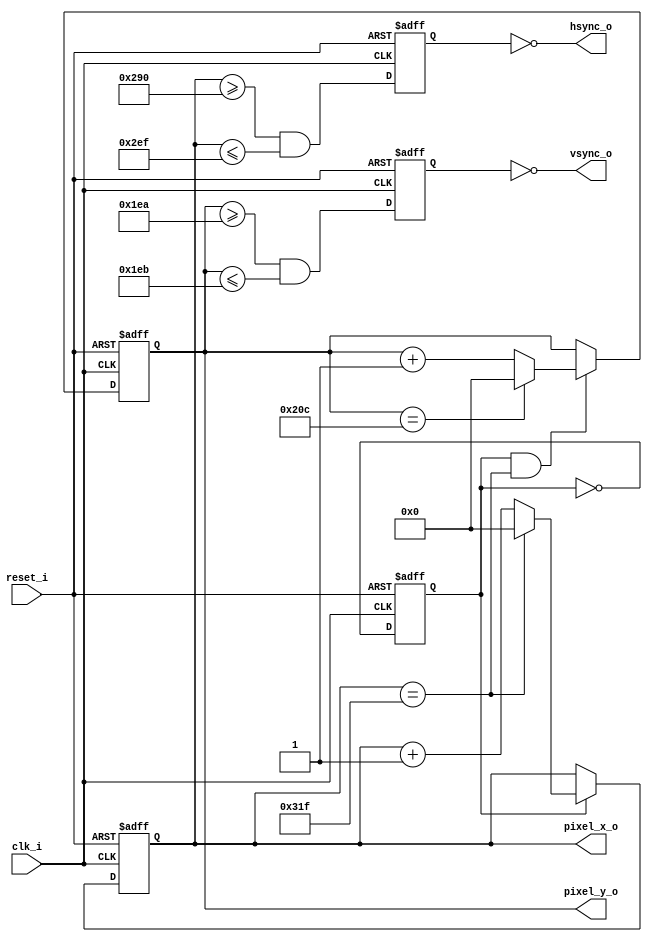
`timescale 1ns / 1ps
//////////////////////////////////////////////////////////////////////////////////
// Company: 
// Engineer: 
// 
// Design Name: 
// Module Name:    vga_sync 
// Project Name: 
// Target Devices: 
// Tool versions: 
// Description: 
//
// Dependencies: 
//
// Revision: 
// Revision 0.01 - File Created
// Additional Comments: 
//
//////////////////////////////////////////////////////////////////////////////////
module vga_sync(
	input wire clk_i, reset_i,
	output wire hsync_o, vsync_o,
	output wire [9:0] pixel_x_o, pixel_y_o
    );
//constant declaration_o
//VGA 640-by480 sync parameters
	localparam HD = 640;//Display horizontal 
	localparam HF = 48; 	//Borde izquierdo
	localparam HB = 16; //Borde derecho
	localparam HR = 96;//horizontal retrace
	localparam VD = 480;	//Display vertical area
	localparam VF = 10;// Borde superior
	localparam VB = 33;// Borde inferior
	localparam VR = 2;// vertical retrace

	
// mod-2 counter
reg mod2_reg;
wire mod2_next ;
// sync c o u n t e r s
reg [9:0] h_count_reg, h_count_next;// crea los registros para que el contador incremente 
reg [9:0] v_count_reg , v_count_next ;
 // outpzit b u f f e r
reg v_sync_reg , h_sync_reg ;
wire v_sync_next , h_sync_next ;
// s t a t u s s i g n a l
wire h_end , v_end , pixel_tick;

// body
// r e g i s t e r s
always @(posedge clk_i , posedge reset_i)// se inicialzan los contadores
	if (reset_i) // la variable reset es necesaria para iniciar los contadores en 0
		begin
		mod2_reg <= 1'b0;
		v_count_reg <= 0;
		h_count_reg <= 0 ;
		v_sync_reg <= 1'b0;
		h_sync_reg <= 1'b0;
		end
	else // Si no se encuentra activa la variable reset se le asigna a las salida el valor de los registros de conteo
		begin
		mod2_reg <= mod2_next ; 
		v_count_reg <= v_count_next;
		h_count_reg <= h_count_next;
		v_sync_reg <= v_sync_next ;
		h_sync_reg <= h_sync_next ;
		end
   // mod-2 c i r c u i t t o g e n e r a t e 25 MHz e n a b l e t i c k
	assign mod2_next = ~mod2_reg;
	assign pixel_tick = mod2_reg;
// s t a t u s s i g n a l s
// end o f h o r i z o n t a l c o u n t e r ( 7 9 9 )
	assign h_end = (h_count_reg==(HD+HF+HB+HR-1)) ;
// end o f v e r t i c a l c o u n t e r ( 5 2 4 )
	assign v_end = (v_count_reg==(VD+VF+VB+VR-1)) ;

// siguiente estado del contador horizontal
always @* // se  suma 1 al valor de 
	if (pixel_tick) // 25 MHz p u l s e
		if (h_end)
			h_count_next = 0 ;
		else
			h_count_next = h_count_reg + 1'b1;
	else
		h_count_next = h_count_reg;

// siguiente estado  del contador vertical 
always @*
	if (pixel_tick & h_end)
		if (v_end)
			v_count_next = 0;
		else
			v_count_next = v_count_reg + 1'b1;
	else
		v_count_next = v_count_reg;
// h o r i z o n t a l and v e r t i c a l s y n c , b u f f e r e d t o a v o i d g l i t c h
// h-svnc-next a s s e r t e d between 656 and 751
	assign h_sync_next = (h_count_reg>=(HD+HB) &&
	h_count_reg<=(HD+HB+HR-1));
 // vh-sync-next a s s e r t e d between 490 and 491
	assign v_sync_next = (v_count_reg>=(VD+VF) && v_count_reg<=(VD+VF+VR-1));

// Asignacin del contenido de los registros a las salidas
assign hsync_o = ~h_sync_reg; // se le asignan el valor negado debido a que los tiempos estn invertidos
assign vsync_o = ~v_sync_reg; // se le asignan el valor negado debido a que los tiempos estn invertidos
assign pixel_x_o = h_count_reg;
assign pixel_y_o = v_count_reg;


endmodule